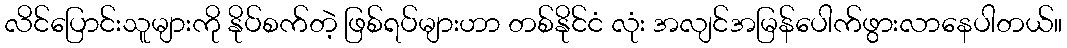
လိင်ပြောင်းသူများကို နိုပ်စက်တဲ့ ဖြစ်ရပ်များဟာ တစ်နိုင်ငံ လုံး အလျင်အမြန်ပေါက်ဖွားလာနေပါတယ်။